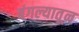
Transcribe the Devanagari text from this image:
बंगल्यातून